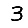
Digit: 3